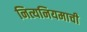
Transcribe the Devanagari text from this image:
नित्यनियमाची